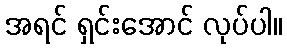
အရင် ရှင်းအောင် လုပ်ပါ။